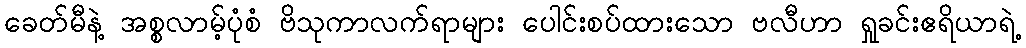
ခေတ်မီနဲ့ အစ္စလာမ့်ပုံစံ ဗိသုကာလက်ရာများ ပေါင်းစပ်ထားသော ဗလီဟာ ရှုခင်းဧရိယာရဲ့